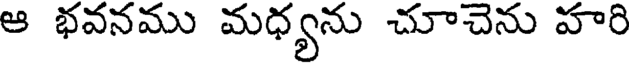
ఆ భవనము మధ్యను చూచెను హరి